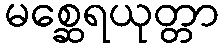
မစ္ဆေရယုတ္တာ